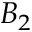
B _ { 2 }